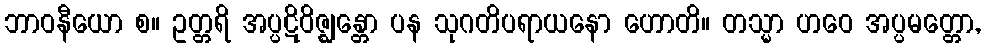
ဘာဝနီယော စ။ ဥတ္တရိ အပ္ပဋိဝိဇ္ဈန္တော ပန သုဂတိပရာယနော ဟောတိ။ တသ္မာ ဟဝေ အပ္ပမတ္တော,